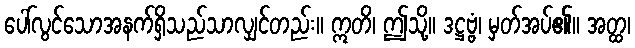
ပေါ်လွင်သောအနက်ရှိသည်သာလျှင်တည်း။ ဣတိ၊ ဤသို့။ ဒဋ္ဌဗ္ဗံ၊ မှတ်အပ်၏။ အတ္ထ၊